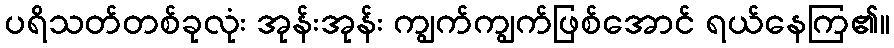
ပရိသတ်တစ်ခုလုံး အုန်းအုန်း ကျွက်ကျွက်ဖြစ်အောင် ရယ်နေကြ၏။